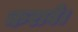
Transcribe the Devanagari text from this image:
करावे।